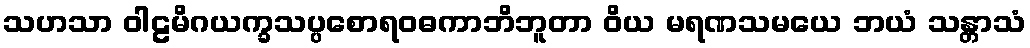
သဟသာ ဝါဠမိဂယက္ခသပ္ပစောရဝဓကာဘိဘူတာ ဝိယ မရဏသမယေ ဘယံ သန္တာသံ